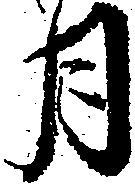
月